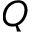
Q